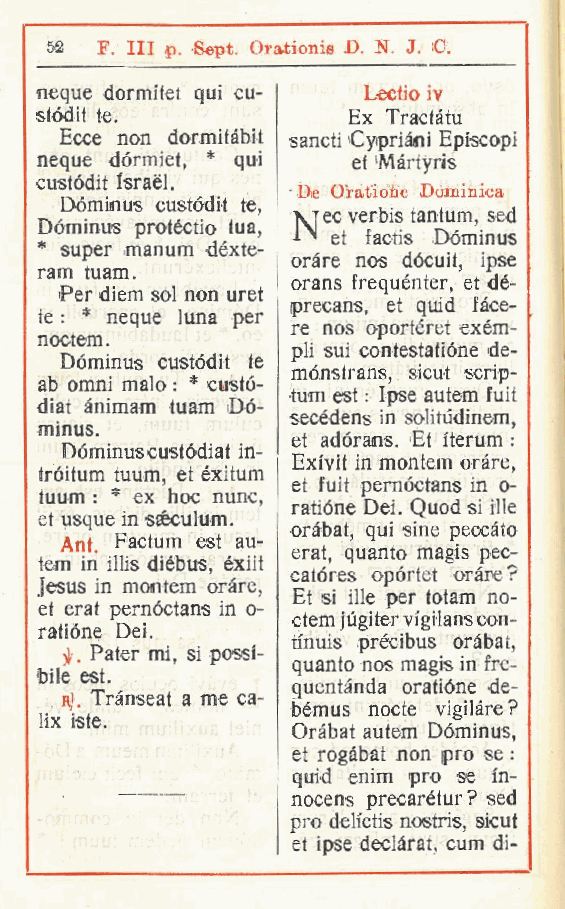
52 F Ili p. Sept. Orationis D. N. J. C.
 .
 ncque dormitet qui cu- Leclio iv
 stódit te.           Ex Tractàtu
 Ecce non dormitàbit sancti Cyipriàni Episcopi
 ncque dormiet, * qui et Màrtyris
 custódit Israel.
 De Oratiote Dominica
 Dóminus custòdi! te,
 xjec verbis tantum, sed
 Dóminus protéctio tua,
 et factis Dóminus
 * super manum déxte-
 orare nos dócuit, ipse
 ram tuam.
 orans frequénter, et dé-
 Per diem sol non uret
 precans, et quid làce-
 te : * ncque luna per
 re nos oportéret exém-
 noctem.
 pli sui contestatióne de-
 Dóminus custódit te
 mónstrans, sicut scrip-
 ab omni malo : * custó-
 tum est : Ipse autem fuit
 diat animam tuam Dó-
 secédens in solitùdinem,
 minus.
 et adórans. Et Rerum :
 Dóminus custódiat in-
 Exfvit in montem orare,
 tróitum tuum, et éxitum
 et fuit pernóctans in o-
 tuum : * ex hoc nunc,
 ratióne Dei. Quod si ille
 et usque in séculum.
 oràbat, qui sine peccato
 Ant. Factum est au-
 erat quanto magis pec-
 tem in iltis diébus, éxiit ,
 catóres opórtet orare?
 Jesus in montem orére,
 Et si ille per totam no-
 et erat pernóctans in o-
 ctem jùgiter vigilanscon-
 ratióne Dei.
 tinuis précibus oràbat,
 3)f. Pater mi, si possi-
 quanto nos magis in fre-
 bile est.
 quentànda oratióne de-
 rJ. Trànseat a me ca-
 bémus nocte vigilàre ?
 lix iste.
 Oràbat autem Dóminus,
 et rogàbat non prò se :
 quid enim prò se In-
 nocens precarétur? sed
 prò deliotis nostris, sicut
 et ipse declàrat, cum di-